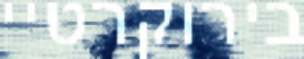
בירוקרטיי